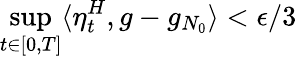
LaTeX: \operatorname*{sup}_{t\in[0,T]}\langle\eta_{t}^{H},g-g_{N_{0}}\rangle<\epsilon/3